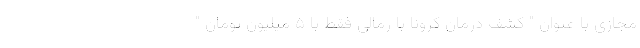
مجازی با عنوان " کشف درمان کرونا با رمالی فقط با ۵ میلیون تومان "